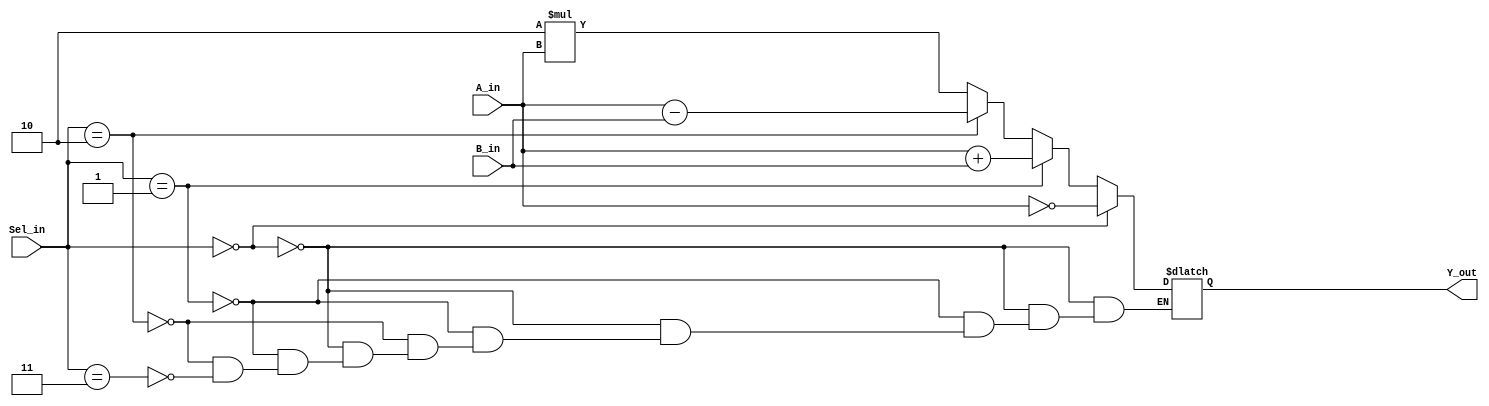
`timescale 1ns / 1ps
//////////////////////////////////////////////////////////////////////////////////
// Company: 
// Engineer: 
// 
// Design Name: 
// Module Name:    ALU_beh 
// Project Name: 
// Target Devices: 
// Tool versions: 
// Description: 
//
// Dependencies: 
//
// Revision: 
// Revision 0.01 - File Created
// Additional Comments: 
//
//////////////////////////////////////////////////////////////////////////////////
module ALU_beh(A_in, B_in, Sel_in, Y_out);

input [3:0] A_in;
input [3:0] B_in;
input [1:0] Sel_in;
output [3:0] Y_out;

reg [3:0] Y_out;

always @(Sel_in or A_in or B_in) begin

	if (Sel_in == 2'b00) begin //Case 0 - Invert
		Y_out = ~A_in;
	end
	else if (Sel_in == 2'b01) begin //Case 1 - Addition
		Y_out = A_in + B_in;
	end
	else if (Sel_in == 2'b10) begin //Case 2  - Subtraction
		Y_out = A_in - B_in;
	end
	else if (Sel_in == 2'b11) begin //Case 3 - Double
		Y_out = 2 * A_in;
	end
	

end

endmodule